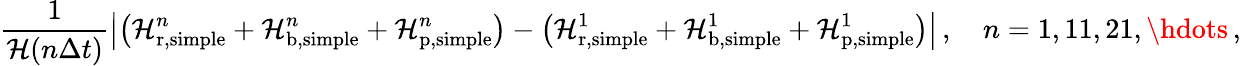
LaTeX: \frac{1}{\mathcal H(n\Delta t)}\left|\left(\mathcal H_{\mathrm{r},\mathrm{simple}}^{n}+\mathcal H_{\mathrm{b},\mathrm{simple}}^{n}+\mathcal H_{\mathrm{p},\mathrm{simple}}^{n}\right)-\left(\mathcal H_{\mathrm{r},\mathrm{simple}}^{1}+\mathcal H_{\mathrm{b},\mathrm{simple}}^{1}+\mathcal H_{\mathrm{p},\mathrm{simple}}^{1}\right)\right|\, ,\quad n=1,11,21,\hdots\, ,